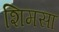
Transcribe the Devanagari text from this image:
शिमसा